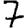
Digit: 7